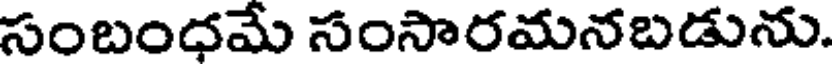
సంబంధమే సంసారమనబడును.